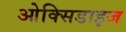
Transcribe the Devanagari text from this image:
ओक्सिडाइज